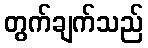
တွက်ချက်သည်